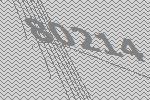
80214